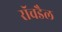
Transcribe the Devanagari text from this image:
रॉचडैल